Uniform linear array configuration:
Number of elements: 4
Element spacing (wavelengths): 1
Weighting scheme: blackman
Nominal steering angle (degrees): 60
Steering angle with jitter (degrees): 60.251
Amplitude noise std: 0.05
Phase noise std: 0.05

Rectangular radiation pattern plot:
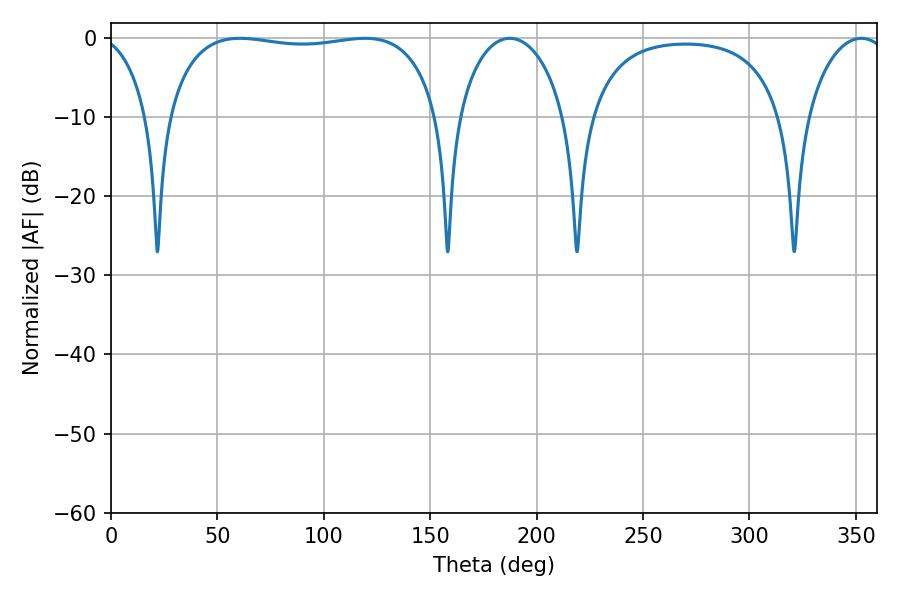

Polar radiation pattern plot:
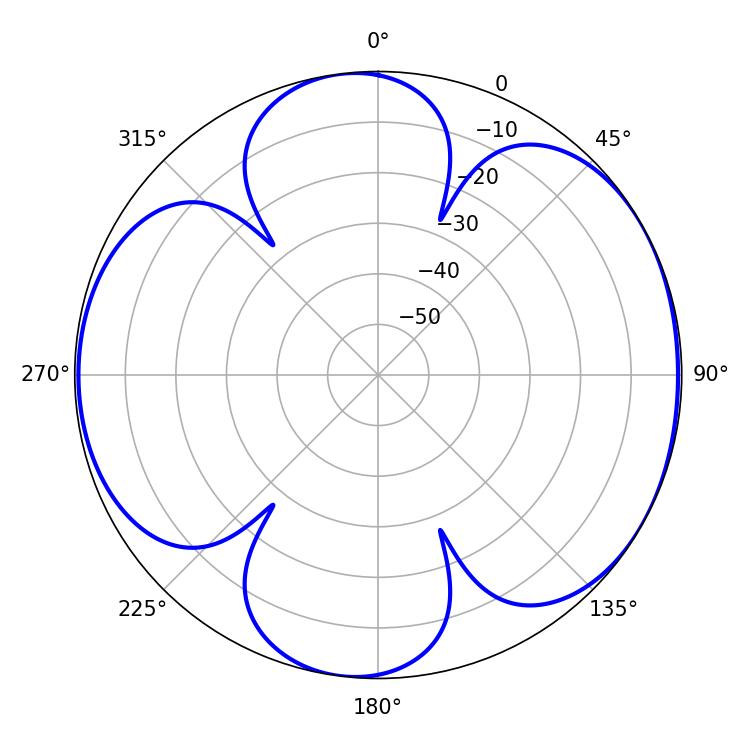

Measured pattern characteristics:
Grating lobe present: TRUE
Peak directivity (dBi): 6.18
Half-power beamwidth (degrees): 28.98
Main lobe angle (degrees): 187.38